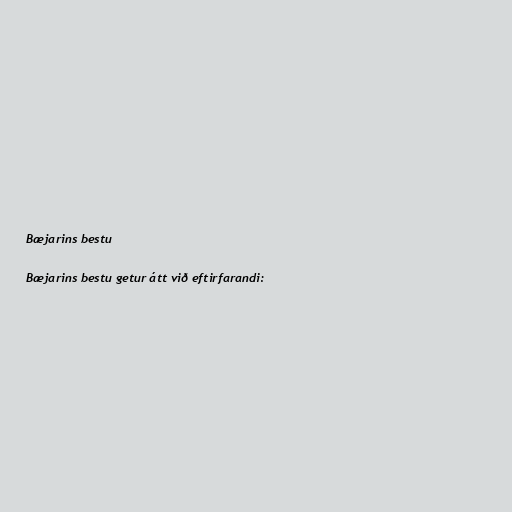
Bæjarins bestu

Bæjarins bestu getur átt við eftirfarandi: